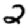
Digit: 2